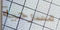
مسرحية